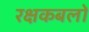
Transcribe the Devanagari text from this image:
रक्षकबलों